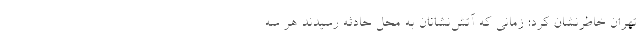
تهران خاطرنشان کرد: زمانی که آتش‌نشانان به محل حادثه رسیدند هر سه